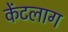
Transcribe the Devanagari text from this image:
केंटलाग